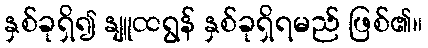
နှစ်ခုရှိ၍ နျူထရွန် နှစ်ခုရှိရမည် ဖြစ်၏။